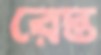
রেস্ত